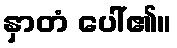
နှာတံ ပေါ်၏။